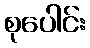
စုပေါင်း